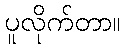
ပူလိုက်တာ။